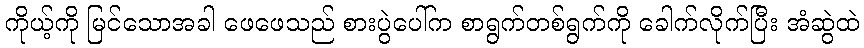
ကိုယ့်ကို မြင်သောအခါ ဖေဖေသည် စားပွဲပေါ်က စာရွက်တစ်ရွက်ကို ခေါက်လိုက်ပြီး အံဆွဲထဲ